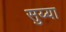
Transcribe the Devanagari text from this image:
सुय्या